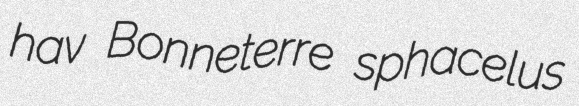
hav Bonneterre sphacelus